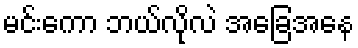
မင်းကော ဘယ်လိုလဲ အခြေအနေ